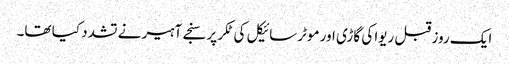
ایک روز قبل ریوا کی گاڑی اور موٹرسائیکل کی ٹکر پر سنجے آہیر نے تشدد کیا تھا۔